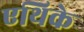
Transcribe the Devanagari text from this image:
एथिके